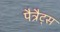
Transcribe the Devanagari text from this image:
पैत्रैट्स